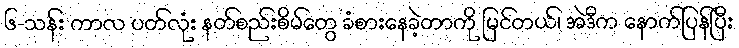
၆-သန်း ကာလ ပတ်လုံး နတ်စည်းစိမ်တွေ ခံစားနေခဲ့တာကို မြင်တယ်၊ အဲဒီက နောက်ပြန်ပြီး